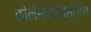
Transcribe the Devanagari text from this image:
कोलेस्ट्रॉलस्टेटिन